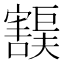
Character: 𫴙